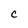
Character: c